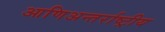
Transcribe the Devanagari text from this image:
आणिअन्तर्राष्ट्रीय